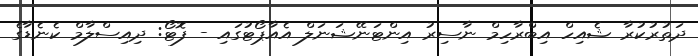
ދަތުރުކުރާ ޝެއިހް އިބްރާހިމް ނާސިރު އިންޓަނޭޝަނަލް އެއާޕޯޓުގައި - ފޮޓޯ: ދިއިސްލާމް ކެނެޑާގެ